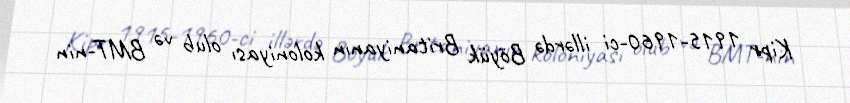
Kipr 1915-1960-ci illərdə Böyük Britaniyanın koloniyası olub və BMT-nin